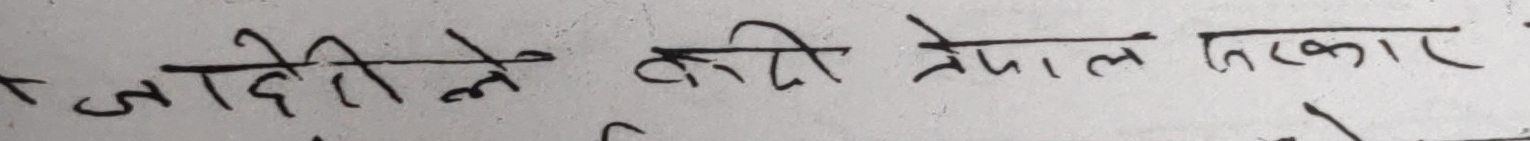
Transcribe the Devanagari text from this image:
जादेलीले केदी नेपाल सरकार